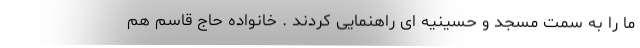
ما را به سمت مسجد و حسینیه ای راهنمایی کردند . خانواده حاج قاسم هم